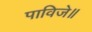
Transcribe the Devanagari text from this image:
पाविजे॥